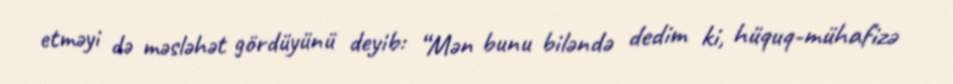
etməyi də məsləhət gördüyünü deyib: “Mən bunu biləndə dedim ki, hüquq-mühafizə